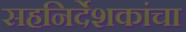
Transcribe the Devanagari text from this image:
सहनिर्देशकांचा